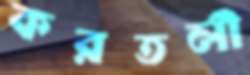
করতলী